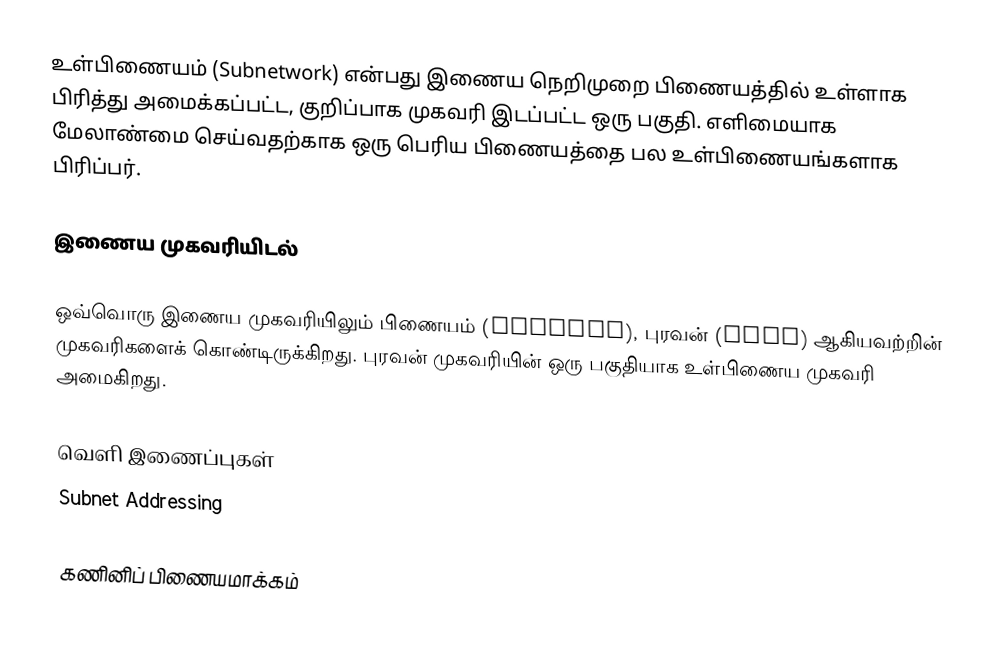
உள்பிணையம் (Subnetwork) என்பது இணைய நெறிமுறை பிணையத்தில் உள்ளாக பிரித்து அமைக்கப்பட்ட, குறிப்பாக முகவரி இடப்பட்ட ஒரு பகுதி. எளிமையாக மேலாண்மை செய்வதற்காக ஒரு பெரிய பிணையத்தை பல உள்பிணையங்களாக பிரிப்பர்.

இணைய முகவரியிடல்

ஒவ்வொரு இணைய முகவரியிலும் பிணையம் (network), புரவன் (host) ஆகியவற்றின் முகவரிகளைக் கொண்டிருக்கிறது. புரவன் முகவரியின் ஒரு பகுதியாக உள்பிணைய முகவரி அமைகிறது.

வெளி இணைப்புகள்
 Subnet Addressing

கணினிப் பிணையமாக்கம்